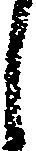
し